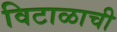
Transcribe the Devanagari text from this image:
विटाळाची